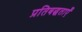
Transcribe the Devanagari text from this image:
प्रतिबद्धताएँ